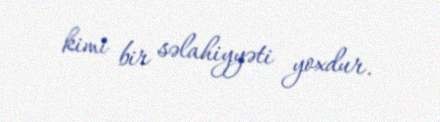
kimi bir səlahiyyəti yoxdur.